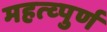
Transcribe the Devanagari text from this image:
महत्व्पुर्ण